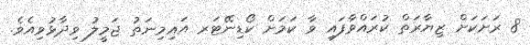
8 ރަށަކަށް ޒިޔާރަތް ކުރައްވާފައި ވާ ކަމަށް ކޯޑިނޭޓަރ އައިމިނަތު ޖަމީލު ވިދާޅުވިއެވެ.